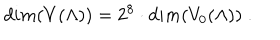
LaTeX: d i m ( V ( \Lambda ) ) = 2 ^ { 8 } \cdot d i m ( V _ { 0 } ( \Lambda ) ) \; .